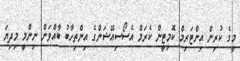
މީގެ ކުރިން އިންޓަރިމް ކޮމިޓީން ކެރަމް އެސޯސިއޭޝަންގެ އިންތިހާބު ބާއްވަން ނިންމީ މިދިޔަ